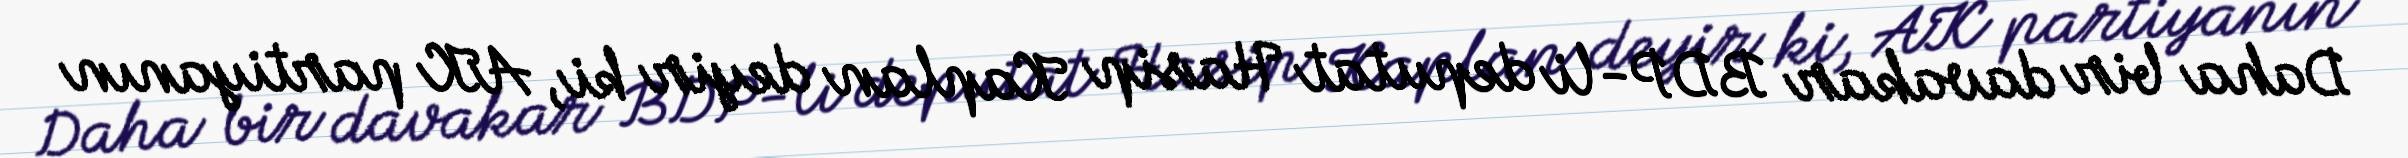
Daha bir davakar BDP-li deputat Hasip Kaplan deyir ki, AK partiyanın